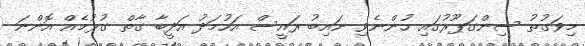
މިވަގުތު ސިންގަޕޫރުގައި ހުންނެވި ނައިބު ރައީސް އަހުމަދު އަދީބާ ގާތް ގުޅުމެއް އޮންނަ